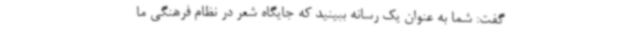
گفت: شما به عنوان یک رسانه ببینید که جایگاه شعر در نظام فرهنگی ما